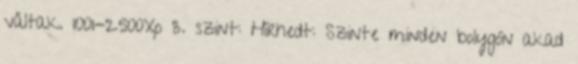
váltak. 1001-2500Xp 3. szint: Hírhedt: Szinte minden bolygón akad